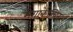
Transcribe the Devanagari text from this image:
मेगाकेल्विन